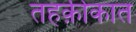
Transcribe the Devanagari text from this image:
तहक़ीकात